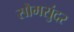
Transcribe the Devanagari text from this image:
सोमसुंदर